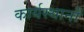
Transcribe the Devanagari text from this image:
कार्यस्थानों